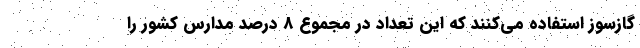
گازسوز استفاده می‌کنند که این تعداد در مجموع 8 درصد مدارس کشور را